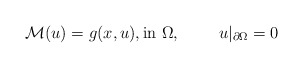
\begin{align*}\mathcal{M}(u)=g(x,u),\mbox{in} \ \Omega, \qquad\ u|_{\partial\Omega}=0\end{align*}